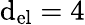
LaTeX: \mathrm{d}_{\mathrm{{el}}}=4